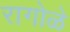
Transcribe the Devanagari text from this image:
रागोळे